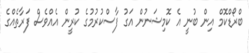
ބްރޯޑްކޮމް އިން ބުނީ އެ ކޮމިޝަނުން އަގު ފާސްކުރުމުގެ ކުރީން އެއްވެސް ފަރާތެއްގެ